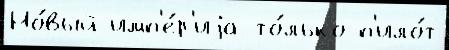
Но́вый имп'е́р'иjа то́лько п'ило́т